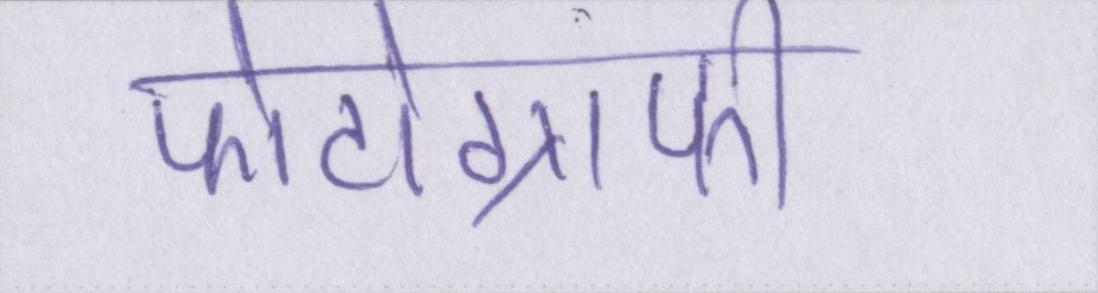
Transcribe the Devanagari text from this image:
फोटोग्राफी